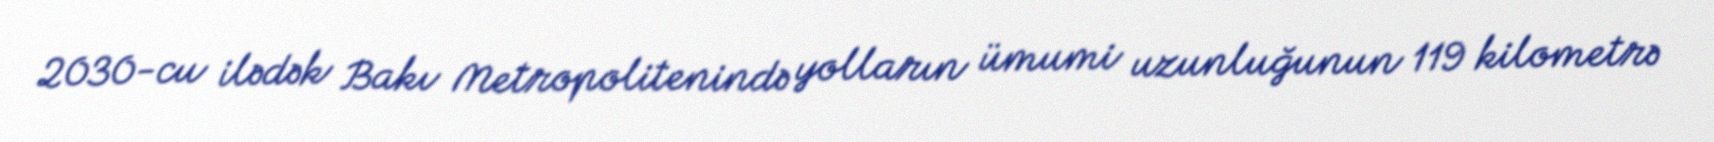
2030-cu ilədək Bakı Metropolitenində yolların ümumi uzunluğunun 119 kilometrə